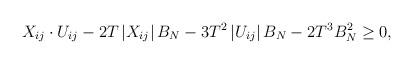
LaTeX: \begin{align*} X_{ij}\cdot U_{ij} - 2T\left|X_{ij}\right|B_N - 3T^2\left |U_{ij}\right |B_N- 2T^3B_N^2 \geq 0,\end{align*}